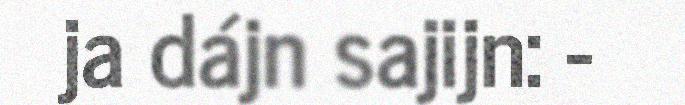
ja dájn sajijn: -